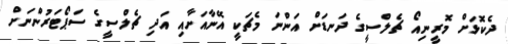
ދެކޮޅަށް މޮރީނިއޯ ޗެލްސީގެ ދަނޑަށް އަންނަ މެޗަކީ އޭނާއަށާއި އަދި ޗެލްސީގެ ސަޕޯޓަރުންނަށް